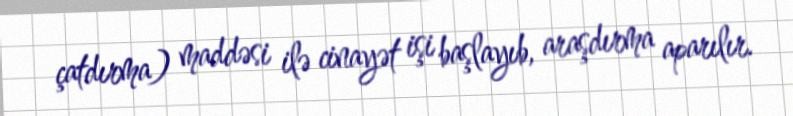
çatdırma) maddəsi ilə cinayət işi başlayıb, araşdırma aparılır.